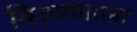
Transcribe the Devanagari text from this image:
वितरणाला